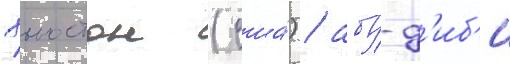
хьюстон (сша́) / абу-д'иб'и